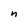
Character: n